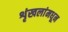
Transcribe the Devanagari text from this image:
शृंखलांमधून